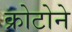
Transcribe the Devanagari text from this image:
क्रोटोने